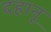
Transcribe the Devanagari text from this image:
दहानू